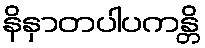
နိနှာတပါပကန္တိ